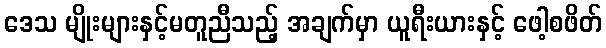
ဒေသ မျိုးများနှင့်မတူညီသည့် အချက်မှာ ယူရီးယားနှင့် ဖေါ့စဖိတ်